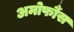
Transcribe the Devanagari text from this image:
अमोर्फौस